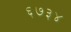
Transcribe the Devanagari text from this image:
६७३४